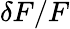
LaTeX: \delta F/F